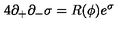
4 \partial _ { + } \partial _ { - } \sigma = R ( \phi ) e ^ { \sigma }